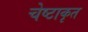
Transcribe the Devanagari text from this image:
चेष्टाकृत